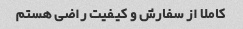
کاملا از سفارش و کیفیت راضی هستم